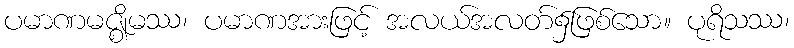
ပမာဏမဇ္ဈိမဿ၊ ပမာဏအားဖြင့် အလယ်အလတ်၌ဖြစ်သော။ ပုရိသဿ၊